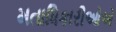
મતાધિકારીઓએ